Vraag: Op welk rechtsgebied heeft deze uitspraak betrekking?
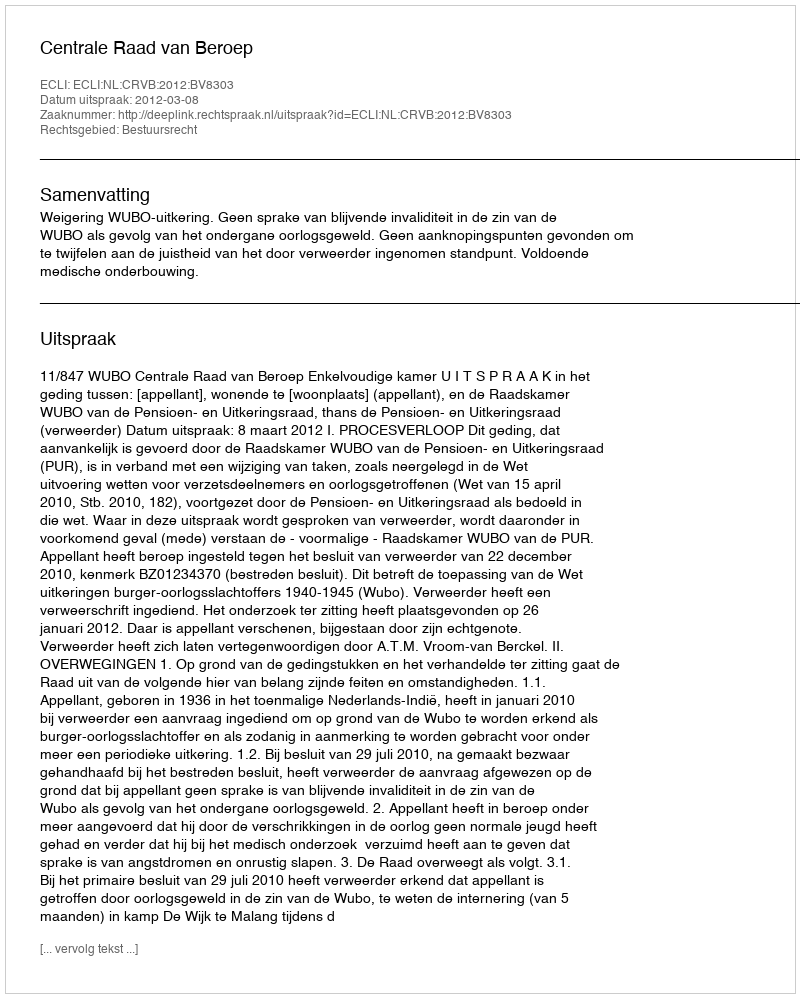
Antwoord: Bestuursrecht